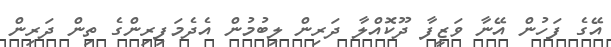
އޭގެ ފަހުން އޭނާ ވަޒީފާ ދޫކޮއްލާ ދަރިން ލިބުމުން އެދެމަފިރިންގެ ތިން ދަރިން